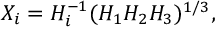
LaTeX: X _ { i } = H _ { i } ^ { - 1 } ( H _ { 1 } H _ { 2 } H _ { 3 } ) ^ { 1 / 3 } ,